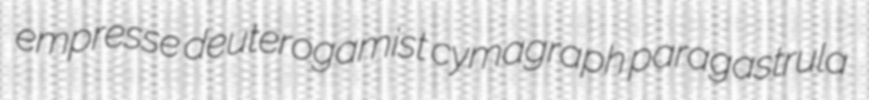
empresse deuterogamist cymagraph paragastrula